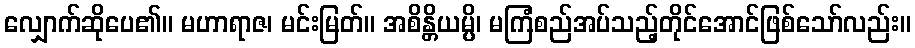
လျှောက်ဆိုပေ၏။ မဟာရာဇ၊ မင်းမြတ်။ အစိန္တိယမ္ပိ၊ မကြံစည်အပ်သည့်တိုင်အောင်ဖြစ်သော်လည်း။